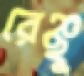
রেঞ্ছু